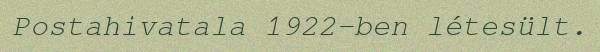
Postahivatala 1922-ben létesült.